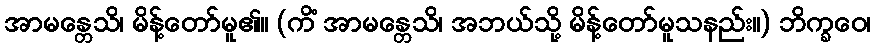
အာမန္တေသိ၊ မိန့်တော်မူ၏။ (ကိံ အာမန္တေသိ၊ အဘယ်သို့ မိန့်တော်မူသနည်း။) ဘိက္ခဝေ၊